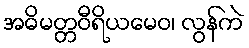
အဓိမတ္တဝီရိယမေဝ၊ လွန်ကဲ